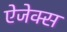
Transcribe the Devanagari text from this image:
ऐजेक्स